Plague in India, 1896, 1897 - Volume 2
Year: 1896
Disease focus: Plague
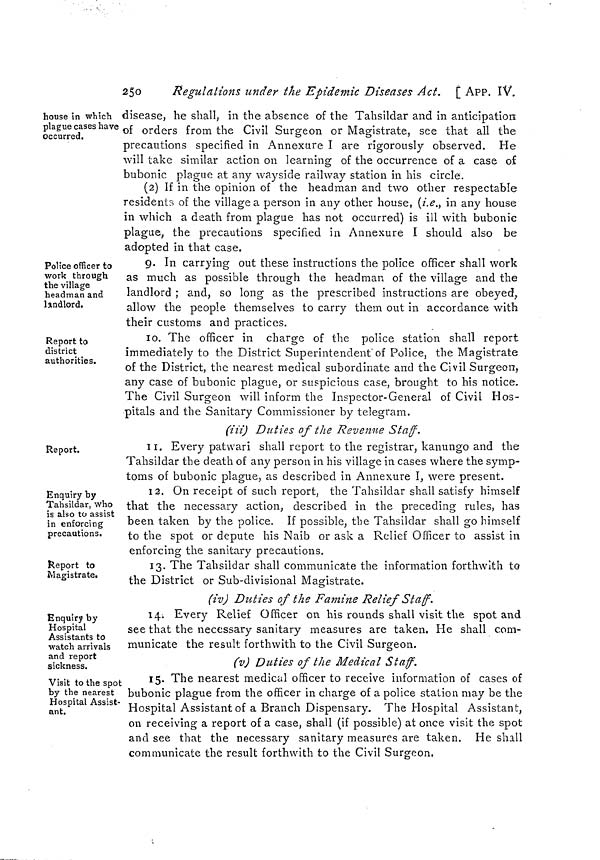
25o
Regulations under the Epidemic Diseases Act. [ APP. IV.
house in which
plague cases have
occurred.
disease, he shall, in the absence of the Tahsildar and in anticipation
of orders from the Civil Surgeon or Magistrate, see that all the
precautions specified in Annexure I are rigorously observed. He
will take similar action on learning of the occurrence of a case of
bubonic plague at any wayside railway station in his circle.
(2) If in the opinion of the headman and two other respectable
residents of the village a person in any other house, (i.e., in any house
in which a death from plague has not occurred) is ill with bubonic
plague, the precautions specified in Annexure I should also be
adopted in that case.
Police officer to
work through
the village
headman and
landlord.
9. In carrying out these instructions the police officer shall work
as much as possible through the headman of the village and the
landlord ; and, so long as the prescribed instructions are obeyed;
allow the people themselves to carry them out in accordance with
their customs and practices.
Report to
district
authorities.
1o. The officer in charge of the police station shall report
immediately to the District Superintendent" of Police, the Magistrate
of the District, the nearest medical subordinate and the Civil Surgeon,
any case of bubonic plague, or suspicious case, brought to his notice.
The Civil Surgeon will inform the Inspector-General of Civil Hos-
pitals and the Sanitary Commissioner by telegram.
(Hi) Duties of the Revenue Staff.
Report.
11. Every patwari shall report to the registrar, kanungo and the
Tahsildar the death of any person in his village in cases where the symp-
toms of bubonic plague, as described in Annexure I, were present.
Enquiry by
Tahsildar, who
is also to assist
in enforcing
precautions.
12. On receipt of stich report, the Tahsildar shall satisfy himself
that the necessary action, described in the preceding rules, has
been taken by the police. If possible, the Tahsildar shall go himself
to the spot or depute his Naib or ask a Relief Officer to assist in
enforcing the sanitary precautions.
Report to
Magistrate.
13, The Tahsildar shall communicate the information forthwith to
the District or Sub-divisional Magistrate.
(iv) Duties of the Famine Relief Staff.
Enquiry by
Hospital
Assistants to
watch arrivals
and report
sickness.
14. Every Relief Officer on his rounds shall visit the spot and
see that the necessary sanitary measures are taken. He shall com-
municate the result forthwith to the Civil Surgeon.
(v) Duties of the Medical Staff.
Visit to the spot
by the nearest
Hospital Assist-
ant.
15. The nearest medical officer to receive information of cases of
bubonic plague from the officer in charge of a police station may be the
Hospital Assistant of a Branch Dispensary. The Hospital Assistant,
on receiving a report of a case, shall (if possible) at once visit the spot
and see that the necessary sanitary measures are taken. He shall
communicate the result forthwith to the Civil Surgeon.